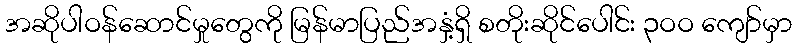
အဆိုပါဝန်ဆောင်မှုတွေကို မြန်မာပြည်အနှံ့ရှိ စတိုးဆိုင်ပေါင်း ၃ဝဝ ကျော်မှာ